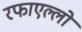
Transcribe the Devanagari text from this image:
रफाएल्लो